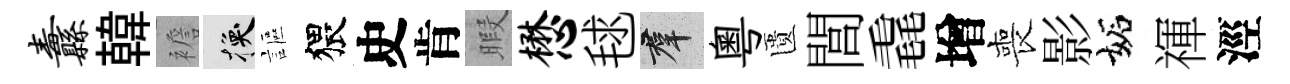
纛韓襜换謳猥史肯暇懋毬群粤匱閭毳增喪影妬禈涇